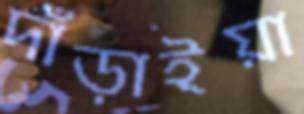
দাঁড়াইয়া